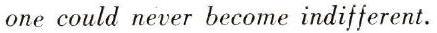
one could never become indifferent.